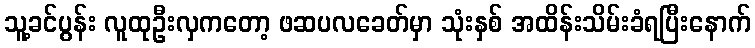
သူ့ခင်ပွန်း လူထုဦးလှကတော့ ဖဆပလခေတ်မှာ သုံးနှစ် အထိန်းသိမ်းခံရပြီးနောက်